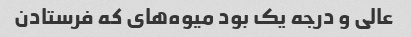
عالی و درجه یک بود میوه‌های که فرستادن